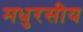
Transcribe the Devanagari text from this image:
मधुरसीय